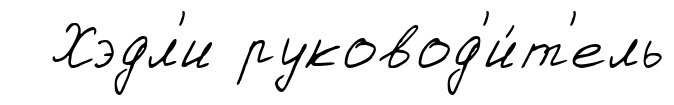
Хэдл'и руковод'и́т'ель